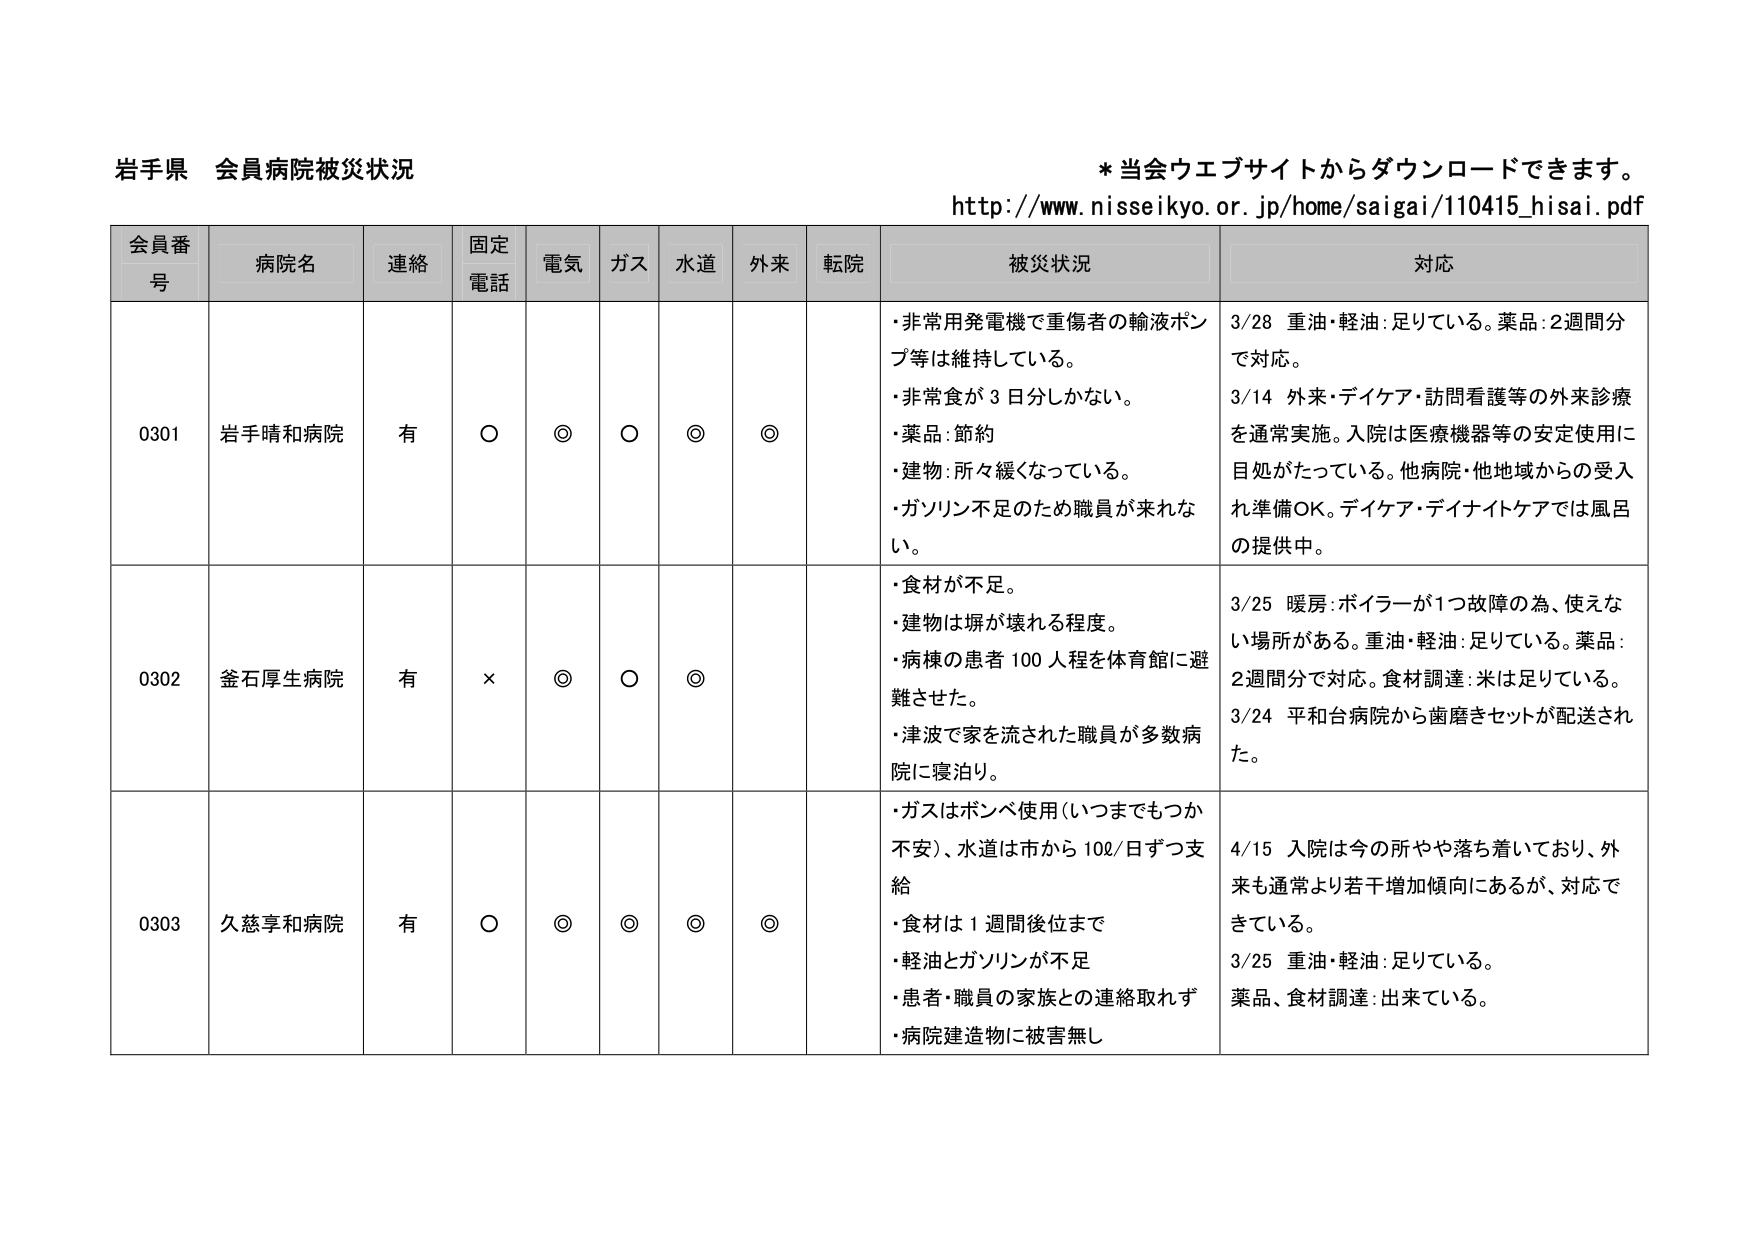
岩手県 会員病院被災状況
* 当会ウエブサイトからダウンロードできます。
http://www.nisseikyo.or.jp/home/saigai/110415_hisai.pdf

会員番号 病院名 連絡 固定電話 電気 ガス 水道 外来 転院 被災状況 対応

0301 岩手晴和病院 有 ○ ◎ ○ ◎ ◎
・非常用発電機で重傷者の輸液ポンプ等は維持している。
・非常食が3日分しかない。
・薬品:節約
・建物:所々緩くなっている。
・ガソリン不足のため職員が来れない。

3/28 重油・軽油:足りている。薬品:2週間分で対応。
3/14 外来・デイケア・訪問看護等の外来診療を通常実施。入院は医療機器等の安定使用に目処がたっている。他病院・他地域からの受入れ準備OK。デイケア・デイナイトケアでは風呂の提供中。

0302 釜石厚生病院 有 × ◎ ○ ◎
・食材が不足。
・建物は塀が壊れる程度。
・病棟の患者100人程を体育館に避難させた。
・津波で家を流された職員が多数病院に寝泊り。

3/25 暖房:ボイラーが1つ故障の為、使えない場所がある。重油・軽油:足りている。薬品:2週間分で対応。食材調達:米は足りている。
3/24 平和台病院から歯磨きセットが配送された。

0303 久慈享和病院 有 ○ ◎ ◎ ◎ ◎
・ガスはボンベ使用(いつまでもつか不安)、水道は市から10ℓ/日ずつ支給
・食材は1週間後位まで
・軽油とガソリンが不足
・患者・職員の家族との連絡取れず
・病院建造物に被害無し

4/15 入院は今の所やや落ち着いており、外来も通常より若干増加傾向にあるが、対応できている。
3/25 重油・軽油:足りている。薬品、食材調達:出来ている。